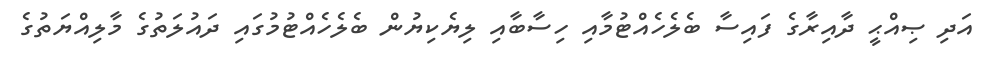
އަދި ޞިއްޙީ ދާއިރާގެ ފައިސާ ބެލެހެއްޓުމާއި ހިސާބާއި ލިޔެކިޔުން ބެލެހެއްޓުމުގައި ދައުލަތުގެ މާލިއްޔަތުގެ